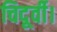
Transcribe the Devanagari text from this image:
चिदूर्वी।